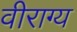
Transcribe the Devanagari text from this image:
वीराग्य